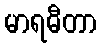
မာရဓီတာ